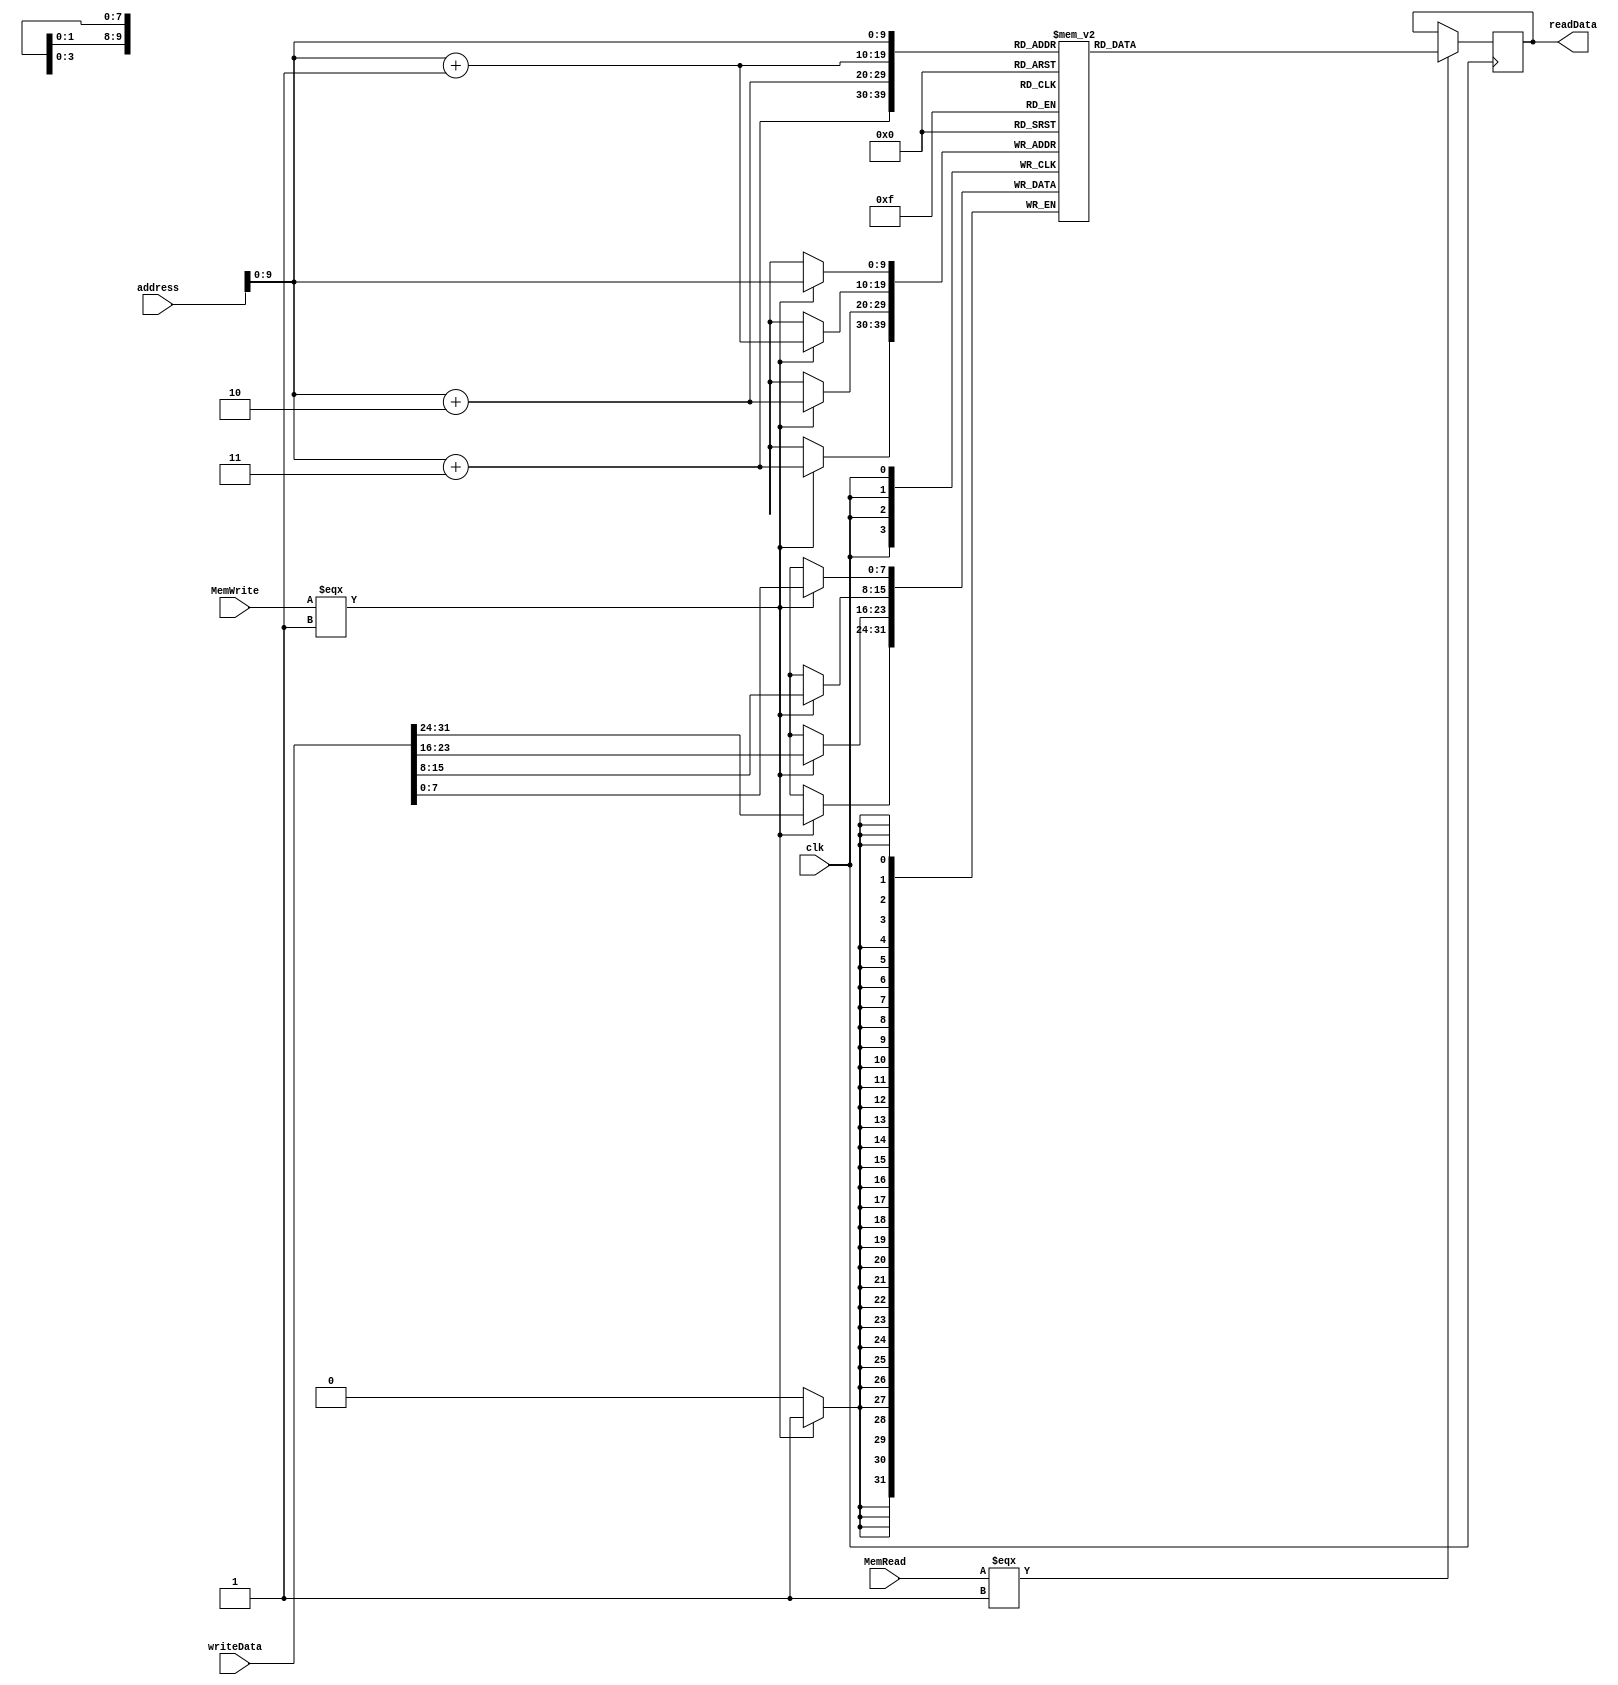
`timescale 1ns / 1ps

module DataMemory
	(
	input clk,
	input MemRead,
	input MemWrite,
	input [31:0] address,
	input [31:0] writeData,
	
	output reg [31:0]readData
    );
	
	reg [7:0] datamemory [1023:0];
	
	integer i;
	initial begin
		for(i=0;i<1024 ;i=i+1)begin
			datamemory[i]=i;
		end
	end	
	
	always @ (posedge clk) begin
		if (MemRead === 1) begin
			readData <= {
							datamemory[address+3],
							datamemory[address+2],
							datamemory[address+1],
							datamemory[address]
							};
		end
		
		if (MemWrite === 1) begin 
			datamemory[address] <= writeData[7:0];
			datamemory[address+1] <= writeData[15:8];
			datamemory[address+2] <= writeData[23:16];
			datamemory[address+3] <= writeData[31:24];
		end
		
		if(MemRead === 1 && MemWrite === 1) begin
			$display("Error : MemRead and MemWrite are 1 simultaneously!");
		end
	end

endmodule